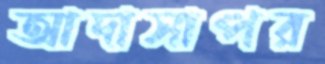
আদাসাপর